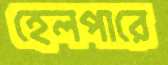
হেলপারে